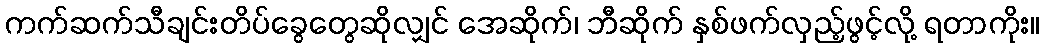
ကက်ဆက်သီချင်းတိပ်ခွေတွေဆိုလျှင် အေဆိုက်၊ ဘီဆိုက် နှစ်ဖက်လှည့်ဖွင့်လို့ ရတာကိုး။